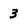
Character: 3